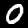
Label: 0